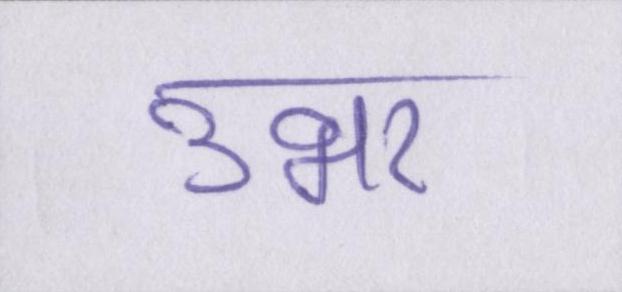
उभर